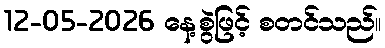
12-05-2026 နေ့စွဲဖြင့် စတင်သည်။